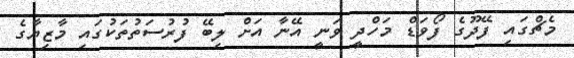
މެޗްގައި ފޭދޫގެ ފޯވަޑް މަހްދީ ވަނީ އޭނާ އަށް ލިބޭ ފުރުސަތުތަކުގައި މާޒިޔާގެ